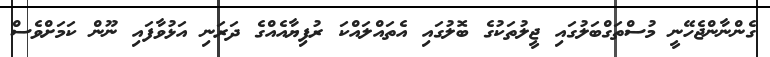
ގެންނާންޖެހޭނީ މުސްތަގްބަލުގައި ޖީލުތަކުގެ ބޮލުގައި އެތައްލައްކަ ރުފިޔާއެއްގެ ދަރަނި އަޅުވާފައި ނޫން ކަމަށްވެސް